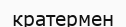
кратермен